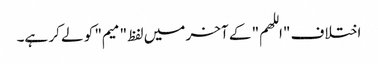
اختلاف "اللهم" کے آخر میں لفظ "میم" کو لے کر ہے۔